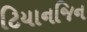
ટિયાનજિન